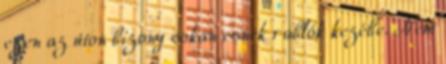
ezen az úton bizony sokan esnek rablók kezébe. Nem